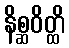
နိစ္ဆဝိတ္ထိ